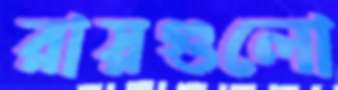
রায়গুলো